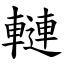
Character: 轋